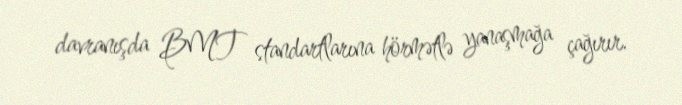
davranışda BMT standartlarına hörmətlə yanaşmağa çağırır.